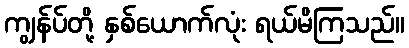
ကျွန်ပ်တို့ နှစ်ယောက်လုံး ရယ်မိကြသည်။